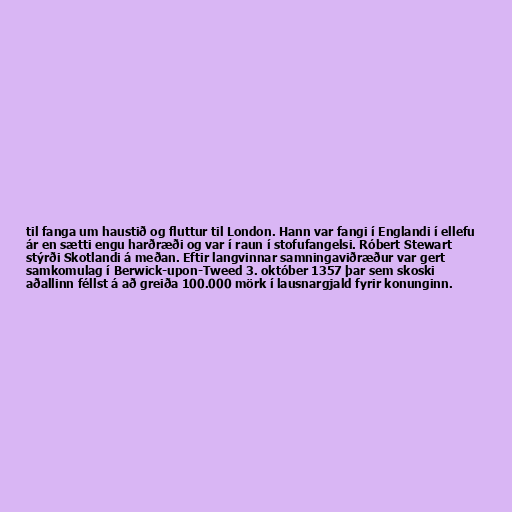
til fanga um haustið og fluttur til London. Hann var fangi í Englandi í ellefu
ár en sætti engu harðræði og var í raun í stofufangelsi. Róbert Stewart
stýrði Skotlandi á meðan. Eftir langvinnar samningaviðræður var gert
samkomulag í Berwick-upon-Tweed 3. október 1357 þar sem skoski
aðallinn féllst á að greiða 100.000 mörk í lausnargjald fyrir konunginn.